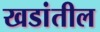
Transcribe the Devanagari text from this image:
खडांतील